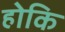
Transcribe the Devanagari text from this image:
होकि